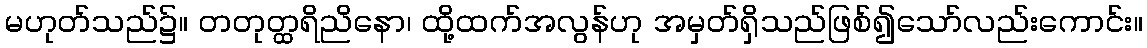
မဟုတ်သည်၌။ တတုတ္ထရိညိနော၊ ထို့ထက်အလွန်ဟု အမှတ်ရှိသည်ဖြစ်၍သော်လည်းကောင်း။